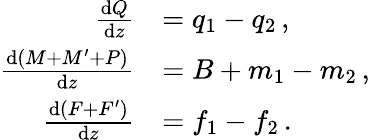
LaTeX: \begin{array}{rl}{\frac{\textnormal{d}Q}{\textnormal{d}z}}&{=q_{1}-q_{2}\, ,}\\ {\frac{\textnormal{d}(M+M^{\prime}+P)}{\textnormal{d}z}}&{=B+m_{1}-m_{2}\, ,}\\ {\frac{\textnormal{d}(F+F^{\prime})}{\textnormal{d}z}}&{=f_{1}-f_{2}\, .}\end{array}